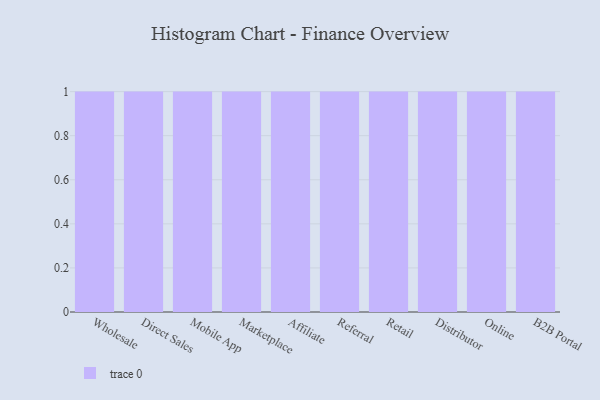
{"axis": {"x": "Channel", "y": "Customer Acquisition Cost (USD)"}, "legend": [""], "data": [{"x": "Wholesale", "y": 16, "type": ""}, {"x": "Direct Sales", "y": 14, "type": ""}, {"x": "Mobile App", "y": 100, "type": ""}, {"x": "Marketplace", "y": 20, "type": ""}, {"x": "Affiliate", "y": 23, "type": ""}, {"x": "Referral", "y": 56, "type": ""}, {"x": "Retail", "y": 72, "type": ""}, {"x": "Distributor", "y": 57, "type": ""}, {"x": "Online", "y": 98, "type": ""}, {"x": "B2B Portal", "y": 15, "type": ""}]}